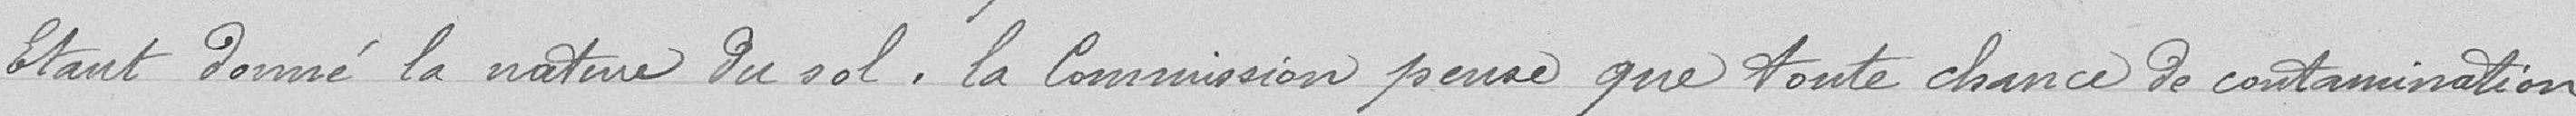
Etant donné la nature du sol, la Commission pense que toute chance de contamination